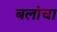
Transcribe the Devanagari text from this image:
बलांचा